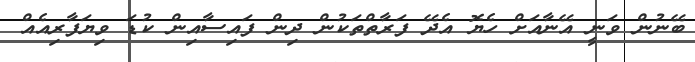
ބޭނުން ވަނީ އޭނާއަށް ހެޔޮ އެދޭ ފަރާތްތަކުން ދިން ފައިސާއިން ކުޑަ ވިޔަފާރިއެއް